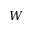
W